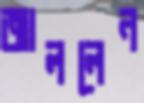
জাললেন